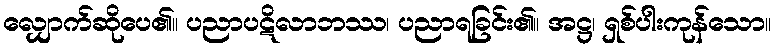
လျှောက်ဆိုပေ၏။ ပညာပဋိလာဘဿ၊ ပညာရခြင်း၏။ အဋ္ဌ၊ ရှစ်ပါးကုန်သော။